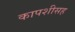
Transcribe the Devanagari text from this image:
कापशीसह